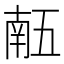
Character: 𠄼